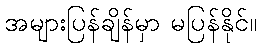
အများပြန်ချိန်မှာ မပြန်နိုင်။